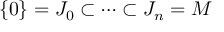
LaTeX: \{ 0 \} = J _ { 0 } \subset \cdots \subset J _ { n } = M